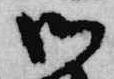
御